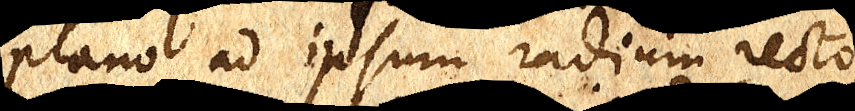
plano ad ipsum radium recto